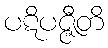
ပဋိပဇ္ဇီတိ